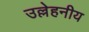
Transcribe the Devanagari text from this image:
उल्लेहनीय